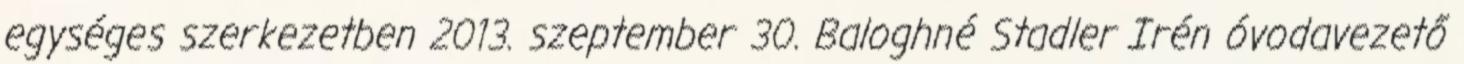
egységes szerkezetben 2013. szeptember 30. Baloghné Stadler Irén óvodavezető